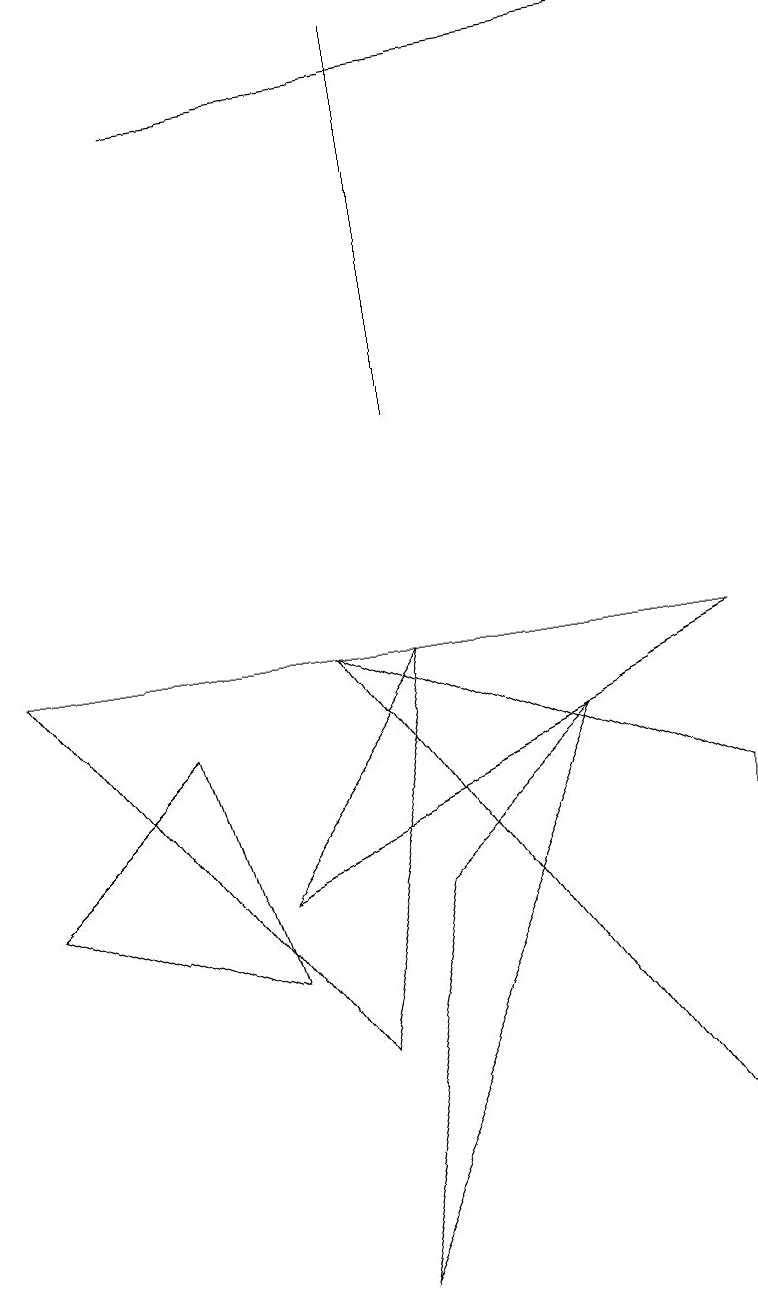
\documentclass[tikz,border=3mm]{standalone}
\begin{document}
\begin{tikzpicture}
\draw (5,5) -- (4,0) -- (7,7) -- cycle;
\draw (4,8) -- (9,1) -- (9,6) -- cycle;
\draw (4,3) -- (5,8) -- (0,8) -- cycle;
\draw (0,5) -- (3,4) -- (2,7) -- cycle;
\draw[->] (2,15) -- (9,16);
\draw (5,11) rectangle (5,16);
\draw (5,8) -- (3,5) -- (9,8) -- cycle;
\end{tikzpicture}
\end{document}